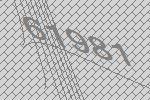
61981